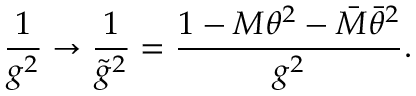
\frac { 1 } { g ^ { 2 } } \rightarrow \frac { 1 } { { \tilde { g } } ^ { 2 } } = \frac { 1 - M \theta ^ { 2 } - { \bar { M } } { \bar { \theta } } ^ { 2 } } { g ^ { 2 } } .